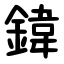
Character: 鍏